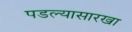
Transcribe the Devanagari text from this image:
पडल्यासारखा